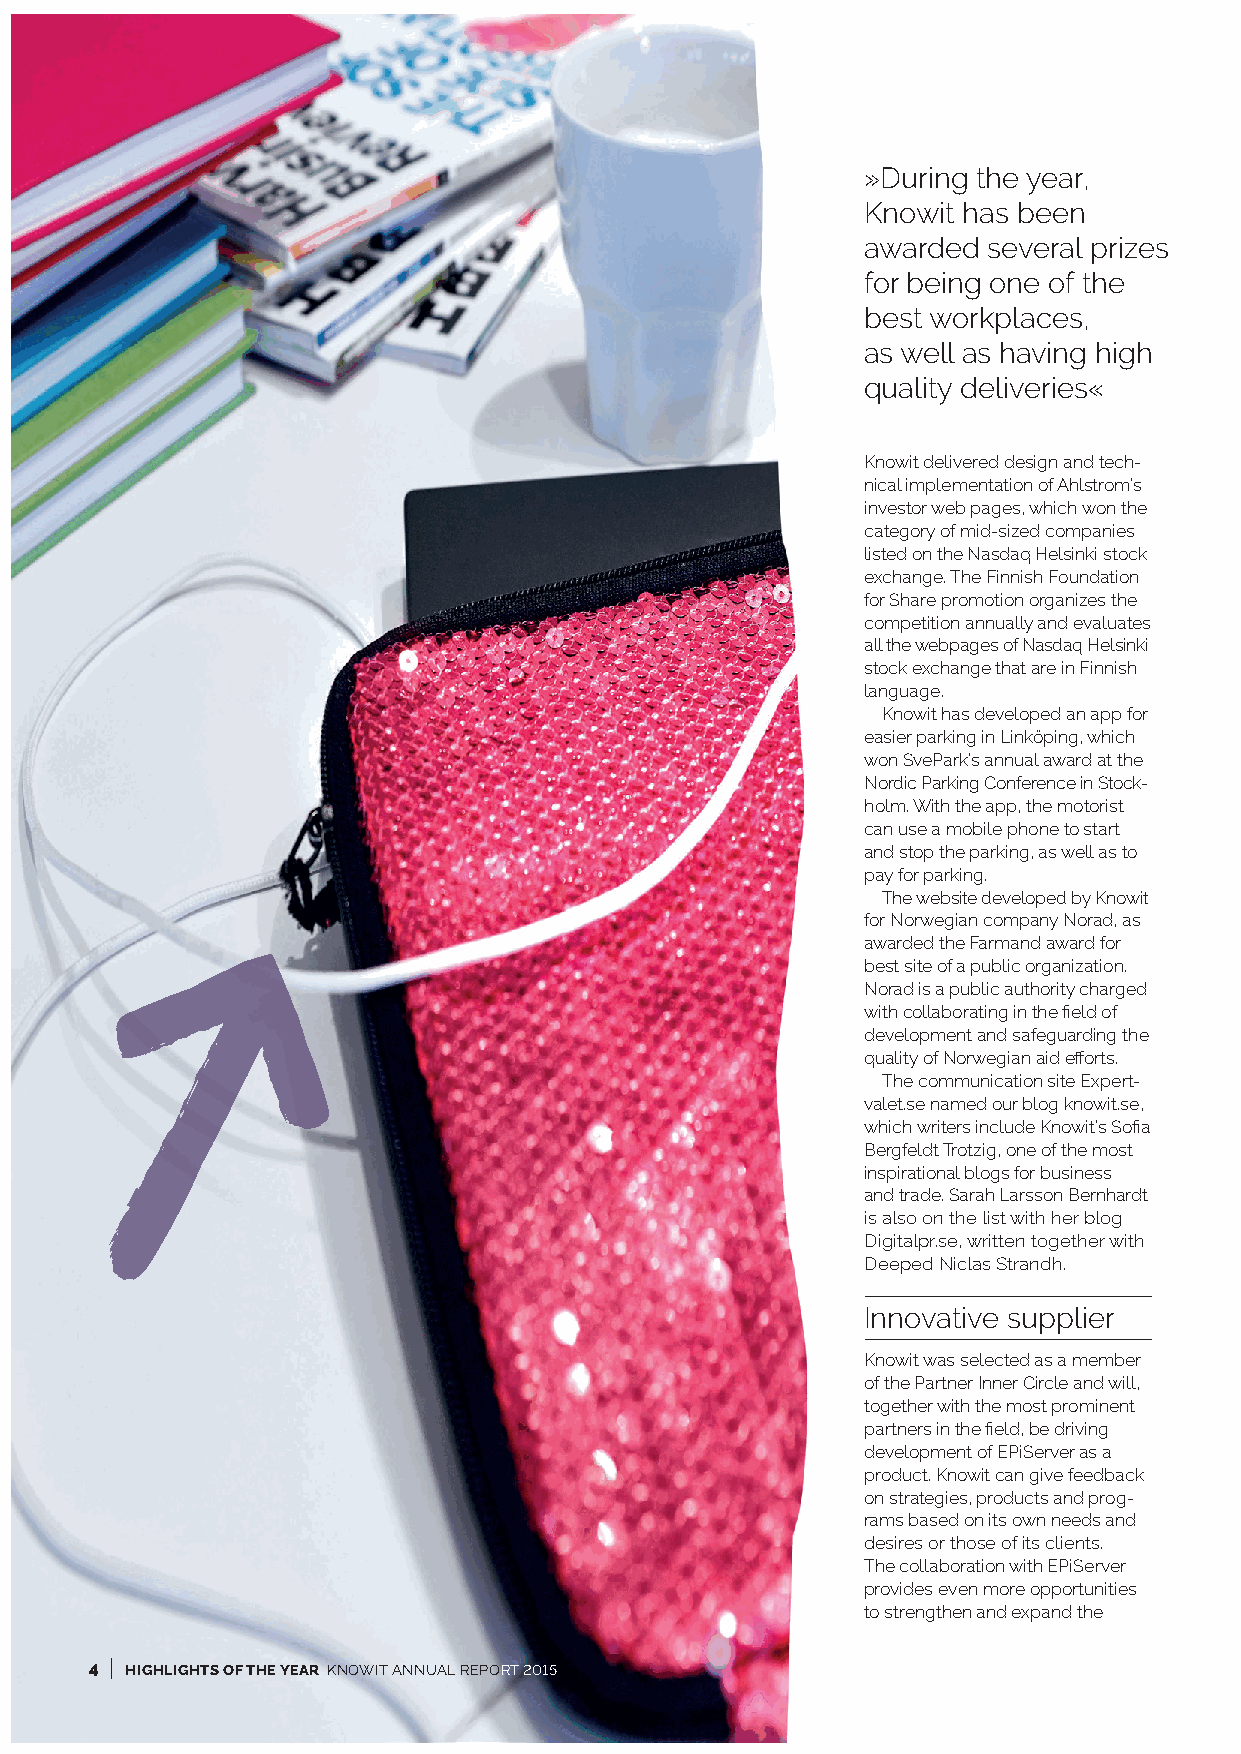
»During the year,
 Knowit has been
 awarded several prizes
 for being one of the
 best workplaces,
 as well as having high
 quality deliveries«
 Knowit delivered design and tech-
 nical implementation of Ahlstrom’s
 investor web pages, which won the
 category of mid-sized companies
 listed on the Nasdaq Helsinki stock
 exchange. The Finnish Foundation
 for Share promotion organizes the
 competition annually and evaluates
 all the webpages of Nasdaq Helsinki
 stock exchange that are in Finnish
 language.
 Knowit has developed an app for
 easier parking in Linköping, which
 won SvePark’s annual award at the
 Nordic Parking Conference in Stock-
 holm. With the app, the motorist
 can use a mobile phone to start
 and stop the parking, as well as to
 pay for parking.
 The website developed by Knowit
 for Norwegian company Norad, as
 awarded the Farmand award for
 best site of a public organization.
 Norad is a public authority charged
 with collaborating in the field of
 development and safeguarding the
 quality of Norwegian aid efforts.
 The communication site Expert-
 valet.se named our blog knowit.se,
 which writers include Knowit’s Sofia
 Bergfeldt Trotzig, one of the most
 inspirational blogs for business
 and trade. Sarah Larsson Bernhardt
 is also on the list with her blog
 Digitalpr.se, written together with
 Deeped Niclas Strandh.
 Innovative supplier
 Knowit was selected as a member
 of the Partner Inner Circle and will,
 together with the most prominent
 partners in the field, be driving
 development of EPiServer as a
 product. Knowit can give feedback
 on strategies, products and prog-
 rams based on its own needs and
 desires or those of its clients.
 The collaboration with EPiServer
 provides even more opportunities
 to strengthen and expand the
 I
 4 HIGHLIGHTS OF THE YEAR KNOWIT ANNUAL REPORT 2015